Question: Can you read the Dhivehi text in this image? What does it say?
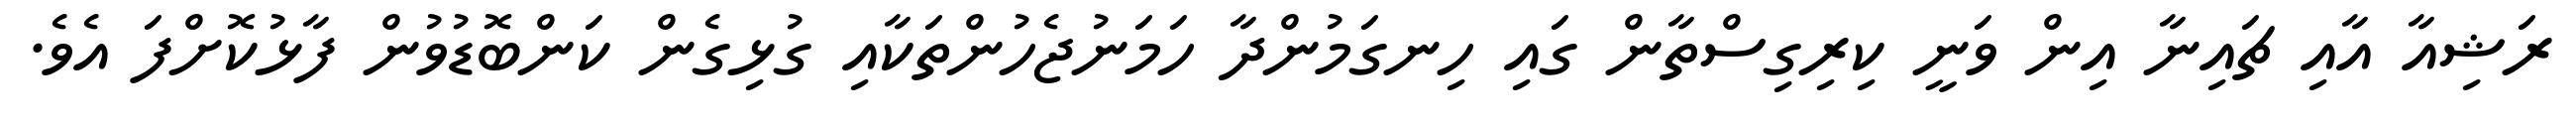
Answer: ރަޝިއާ އާއި ޗައިނާ އިން ވަނީ ކިރިގިސްތާން ގައި ހިނގަމުންދާ ހަމަނުޖެހުންތަކާއި ގުޅިގެން ކަންބޮޑުވުން ފާޅުކޮށްފަ އެވެ.